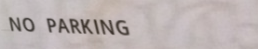
NO PARKING